Lunatic asylums Central Provinces reports 1910-1926 - 1910-1926
Year: 1910
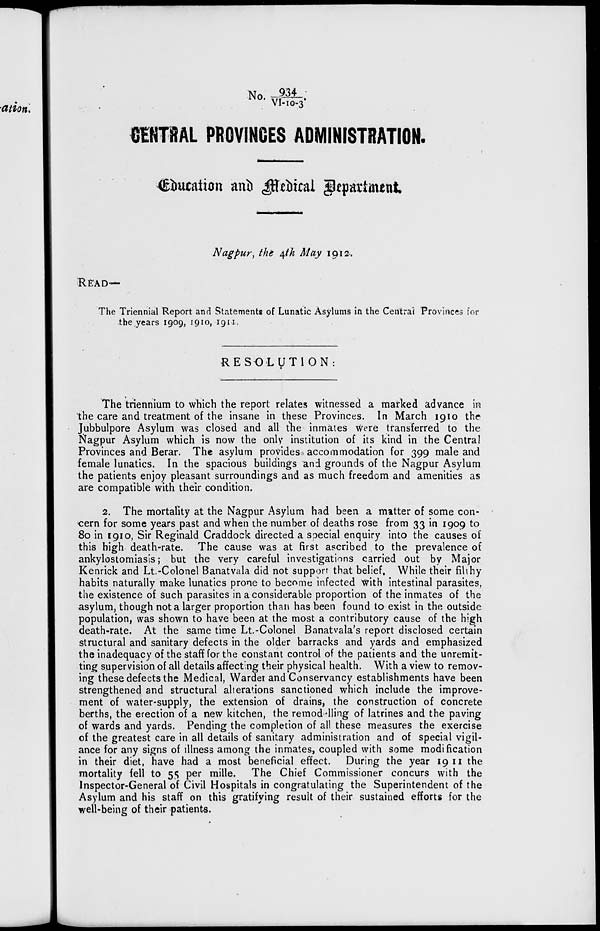
No.934/VI-10-3.
CENTRAL PROVINCES ADMINISTRATION.
Education and Medical department.
Nagpur, the 4 th May 1912.
READ—
The Triennial Report and Statements of Lunatic Asylums in the Central Provinces for
the years 1909, 1910, 1911.
RESOLUTION:
The triennium to which the report relates witnessed a marked advance in
the care and treatment of the insane in these Provinces. In March 1910 the
Jubbulpore Asylum was closed and all the inmates were transferred to the
Nagpur Asylum which is now the only institution of its kind in the Central
Provinces and Berar. The asylum provides accommodation for 399 male and
female lunatics. In the spacious buildings and grounds of the Nagpur Asylum
the patients enjoy pleasant surroundings and as much freedom and amenities as
are compatible with their condition.
2. The mortality at the Nagpur Asylum had been a matter of some con-
cern for some years past and when the number of deaths rose from 33 in 1909 to
80 in 1910, Sir Reginald Craddock directed a special enquiry into the causes of
this high death-rate. The cause was at first ascribed to the prevalence of
ankylostomiasis; but the very careful investigations carried out by Major
Kenrick and Lt.-Colonel Banatvala did not support that belief. While their filthy
habits naturally make lunatics prone to become infected with intestinal parasites,
the existence of such parasites in a considerable proportion of the inmates of the
asylum, though not a larger proportion than has been found to exist in the outside
population, was shown to have been at the most a contributory cause of the high
death-rate. At the same time Lt.-Colonel Banatvala's report disclosed certain
structural and sanitary defects in the older barracks and yards and emphasized
the inadequacy of the staff for the constant control of the patients and the unremit-
ting supervision of all details affecting their physical health. With a view to remov-
ing these defects the Medical, Warder and Conservancy establishments have been
strengthened and structural alterations sanctioned which include the improve-
ment of water-supply, the extension of drains, the construction of concrete
berths, the erection of a new kitchen, the remod-lling of latrines and the paving
of wards and yards. Pending the completion of all these measures the exercise
of the greatest care in all details of sanitary administration and of special vigil-
ance for any signs of illness among the inmates, coupled with some modification
in their diet, have had a most beneficial effect. During the year 1911 the
mortality fell to 55 per mille. The Chief Commissioner concurs with the
Inspector-General of Civil Hospitals in congratulating the Superintendent of the
Asylum and his staff on this gratifying result of their sustained efforts for the
well-being of their patients.